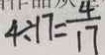
4 \div 1 7 = \frac { 4 } { 1 7 }